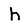
Character: h